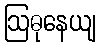
ဩဓုနေယျ